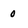
Character: 0